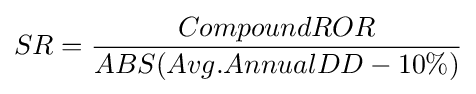
SR={\frac {CompoundROR}{ABS(Avg.AnnualDD-10\%)}}